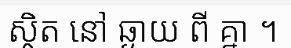
ស្ថិត នៅ ឆ្ងាយ ពី គ្នា ។